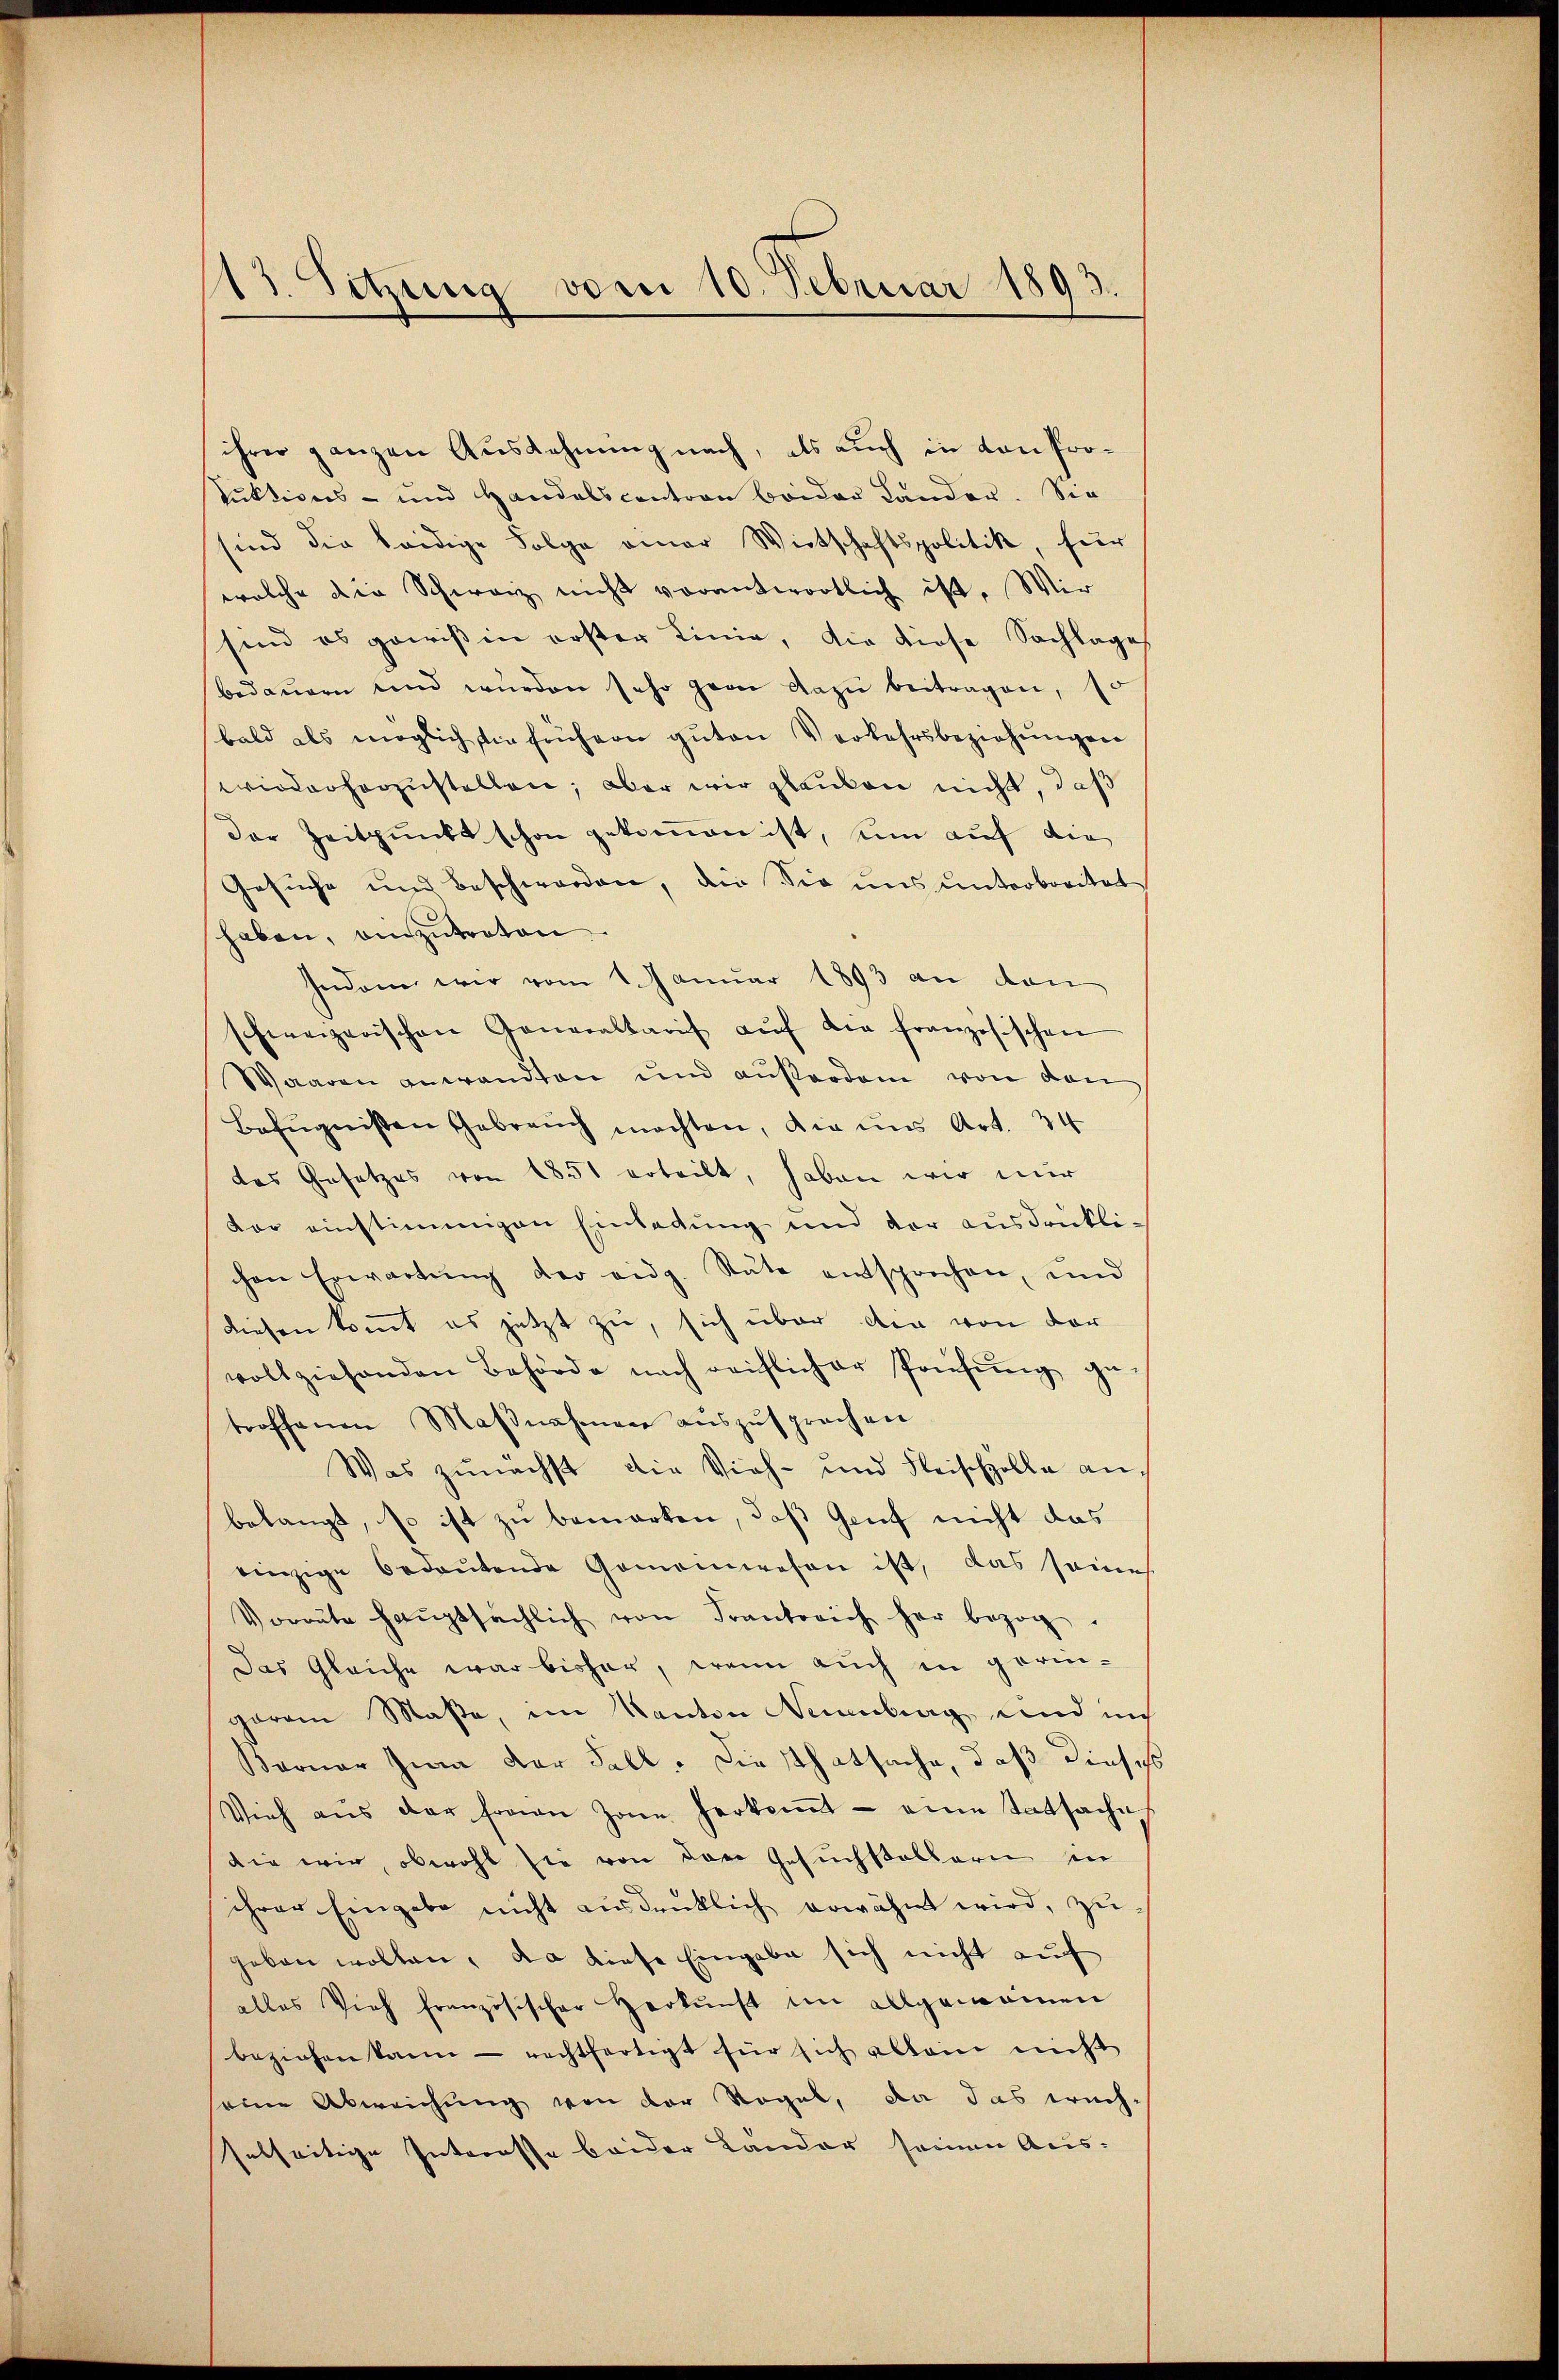
13. Setzung vom 10. Februar 1893.

ihrer ganzen Ausdehnung nach, als auch in von Pro¬
Suktions- und Handelscontron beider Lander. Sie
sind die leidige Folge einer Wirtschaftspolitik, für
welche die Schwarz nicht vorantwortlich ist. Wir
sind es gewißen erster Linie, die diese Sachlage
bedauern und würden sehr gern dazu beitragen, 10
bald als möglich sie frühern gŭten Verkehrsbeziehungen
wiederhorzustellen; aber wir glauben nicht, daß
der Zeitpunkt schon gekommen ist, um auf die
Gesuche und Beschworden, die Sie uns unterbreitet
haben, einzutreten
Indem wir vom 1 Januar 1893 an den
schweizerischen Generaltarif aŭf die französischen
Waaren anwandten und außerden von den
Befugnißen Gebrauch möchten, die uns Art. 34
das Gesetzes von 1851 erteilt, haben wir mir
dor einstimmigen Einladung und der ausdrükli-
chen Erwartŭng der eidg. Räte entsprechen, und
diesen kommt es jetzt zu, sich über die von der
vollziehenden Behörde nach reiflicher Prüfŭng ge-
troffenen Maβnahmen auszusprechen
Was zunächst die Vieh- und Fleischzolle anbelangt, so ist zu bemerken, daß Genf nicht das
einzige bedeutende Gemeinwesen ist, das seines
Vorräte haŭptsächlich von Frankreich her bezog.
Das Gleiche war bisher, wenn auch in geringaran Maße, im Kanton Neuenburg und in
Baruar zum der Fall. Diesthatsache, daß dieser
Vieh aŭs der Frau Zone herkoṁt - eine Tatsache,
die wir, obwohl sie von den Gesuchstaltern in
ihrer Eingabe nicht ausdrüklich erwähnt wird, zu
geben wollen, da diese Eingabe sich nicht auf
alles Vieh französischer Herkunft im allgemeinen
beziehen kann - rechtfertigt für sich allein nicht
eine Abweichung von der Regel, da das wech-
selseitige Interesse beider Länder seinen Aus¬